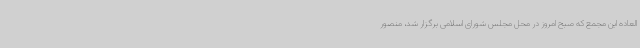
العاده این مجمع که صبح امروز در محل مجلس شورای اسلامی برگزار شد، منصور